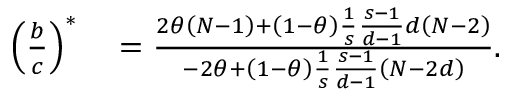
\begin{array} { r l } { \left( \frac { b } { c } \right) ^ { \ast } } & { { } = \frac { 2 \theta \left( N - 1 \right) + \left( 1 - \theta \right) \frac { 1 } { s } \frac { s - 1 } { d - 1 } d \left( N - 2 \right) } { - 2 \theta + \left( 1 - \theta \right) \frac { 1 } { s } \frac { s - 1 } { d - 1 } \left( N - 2 d \right) } . } \end{array}